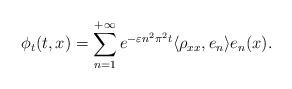
LaTeX: \begin{align*} \phi_t(t, x) = \sum_{n = 1}^{+\infty} e^{-\varepsilon n^2 \pi^2 t} \langle \rho_{xx}, e_n \rangle e_n(x).\end{align*}